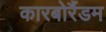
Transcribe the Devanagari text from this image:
कारबोरैंडम